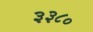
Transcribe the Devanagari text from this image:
३३८०